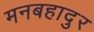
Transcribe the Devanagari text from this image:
मनबहादुर